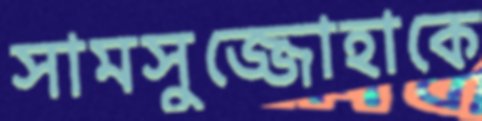
সামসুজ্জোহাকে